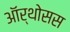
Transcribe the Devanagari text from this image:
ऑर्थोसस